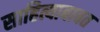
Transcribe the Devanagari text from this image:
साहित्याबाबत